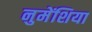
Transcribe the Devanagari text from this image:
नुमेंशिया